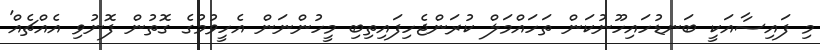
މި ފައިސާއަކީ ބަނޑުހައިހޫނުކަން ތަހައްމަލް ކުރަންޖެހިފައިތިބި މީހުންނަން އެހީވުމުގެ ގޮތުން ފޮނުވި އެއްޗެއް'